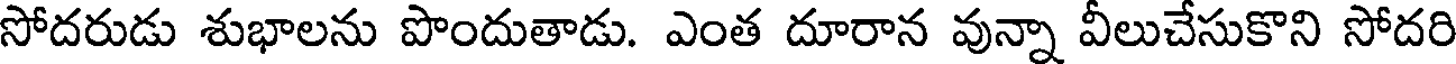
సోదరుడు శుభాలను పొందుతాడు. ఎంత దూరాన వున్నా వీలుచేసుకొని సోదరి